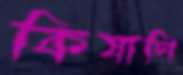
কিষাণি